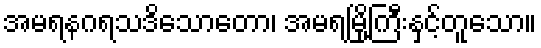
အမရနဂရသဒိသောတော၊ အမရမြို့ကြီးနှင့်တူသော။